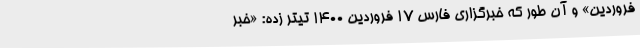
فروردین» و آن طور که خبرگزاری فارس ۱۷ فروردین ۱۴۰۰ تیتر زده: «خبر